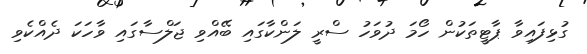
ގުޅިފައިވާ ޕާޓީތަކުން ހޯމަ ދުވަހު ސްރީ ލަންކާގައި ބޭއްވި ޖަލްސާގައި ވާހަކަ ދެއްކެވި